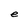
Character: e